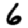
Digit: 6